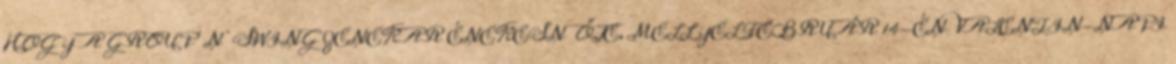
HOGY A GROUP’N’SWING ZENEKAR ÉNEKESNŐJE, MELLYEL FEBRUÁR 14-ÉN VALENTIN-NAPI